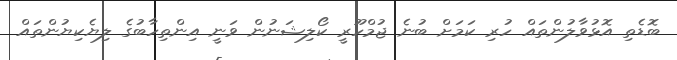
ބޮޑެތި އޮޅުވާލުންތައް ހުރި ކަމަށް ބުނެ ޖުމްހޫރީ ކޯލިޝަނުން ވަނީ އިންތިހާބުގެ ލިޔެކިޔުންތައް